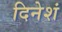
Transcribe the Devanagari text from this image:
दिनेशं